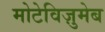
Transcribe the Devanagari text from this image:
मोटेविज़ुमेब